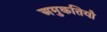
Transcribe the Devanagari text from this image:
अमुकतियौ